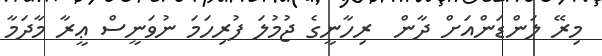
މިރޭ ލަންޑަންއަށް ދާން  ރިހާނީގެ ޖުމުލަ ފުރިހަމަ ނުވަނީސް ޢީރާ މާދަމާ